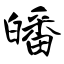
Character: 皤